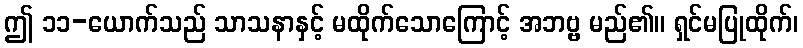
ဤ ၁၁-ယောက်သည် သာသနာနှင့် မထိုက်သောကြောင့် အဘဗ္ဗ မည်၏။ ရှင်မပြုထိုက်၊